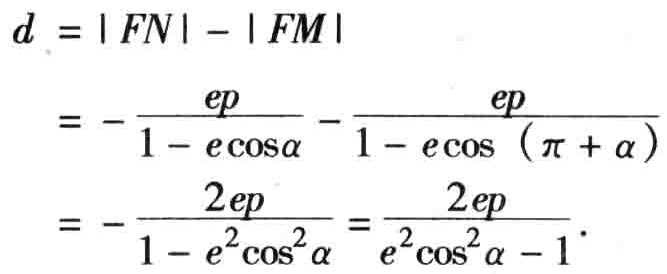
\[
\begin{align*}
d&=|FN|-|FM|\\
&=-\frac{ep}{1 - e\cos\alpha}-\frac{ep}{1 - e\cos(\pi+\alpha)}\\
&=-\frac{2ep}{1 - e^{2}\cos^{2}\alpha}=\frac{2ep}{e^{2}\cos^{2}\alpha - 1}
\end{align*}
\]